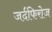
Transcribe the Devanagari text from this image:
जर्दफिरोज